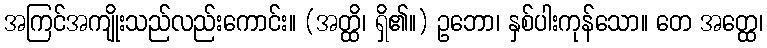
အကြင်အကျိုးသည်လည်းကောင်း။ (အတ္ထိ၊ ရှိ၏။) ဥဘော၊ နှစ်ပါးကုန်သော။ တေ အတ္ထေ၊